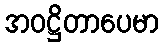
အဝဋ္ဌိတာပေမာ